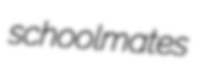
schoolmates